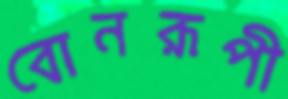
বোনরূপী